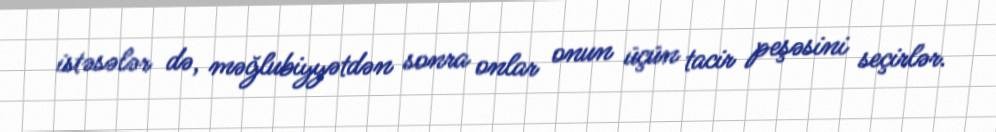
istəsələr də, məğlubiyyətdən sonra onlar onun üçün tacir peşəsini seçirlər.